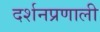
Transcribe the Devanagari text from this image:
दर्शनप्रणाली